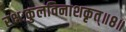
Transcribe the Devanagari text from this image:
रक्षःकुलविनाशकृत्‌॥८॥